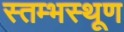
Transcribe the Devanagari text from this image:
स्तम्भस्थूण